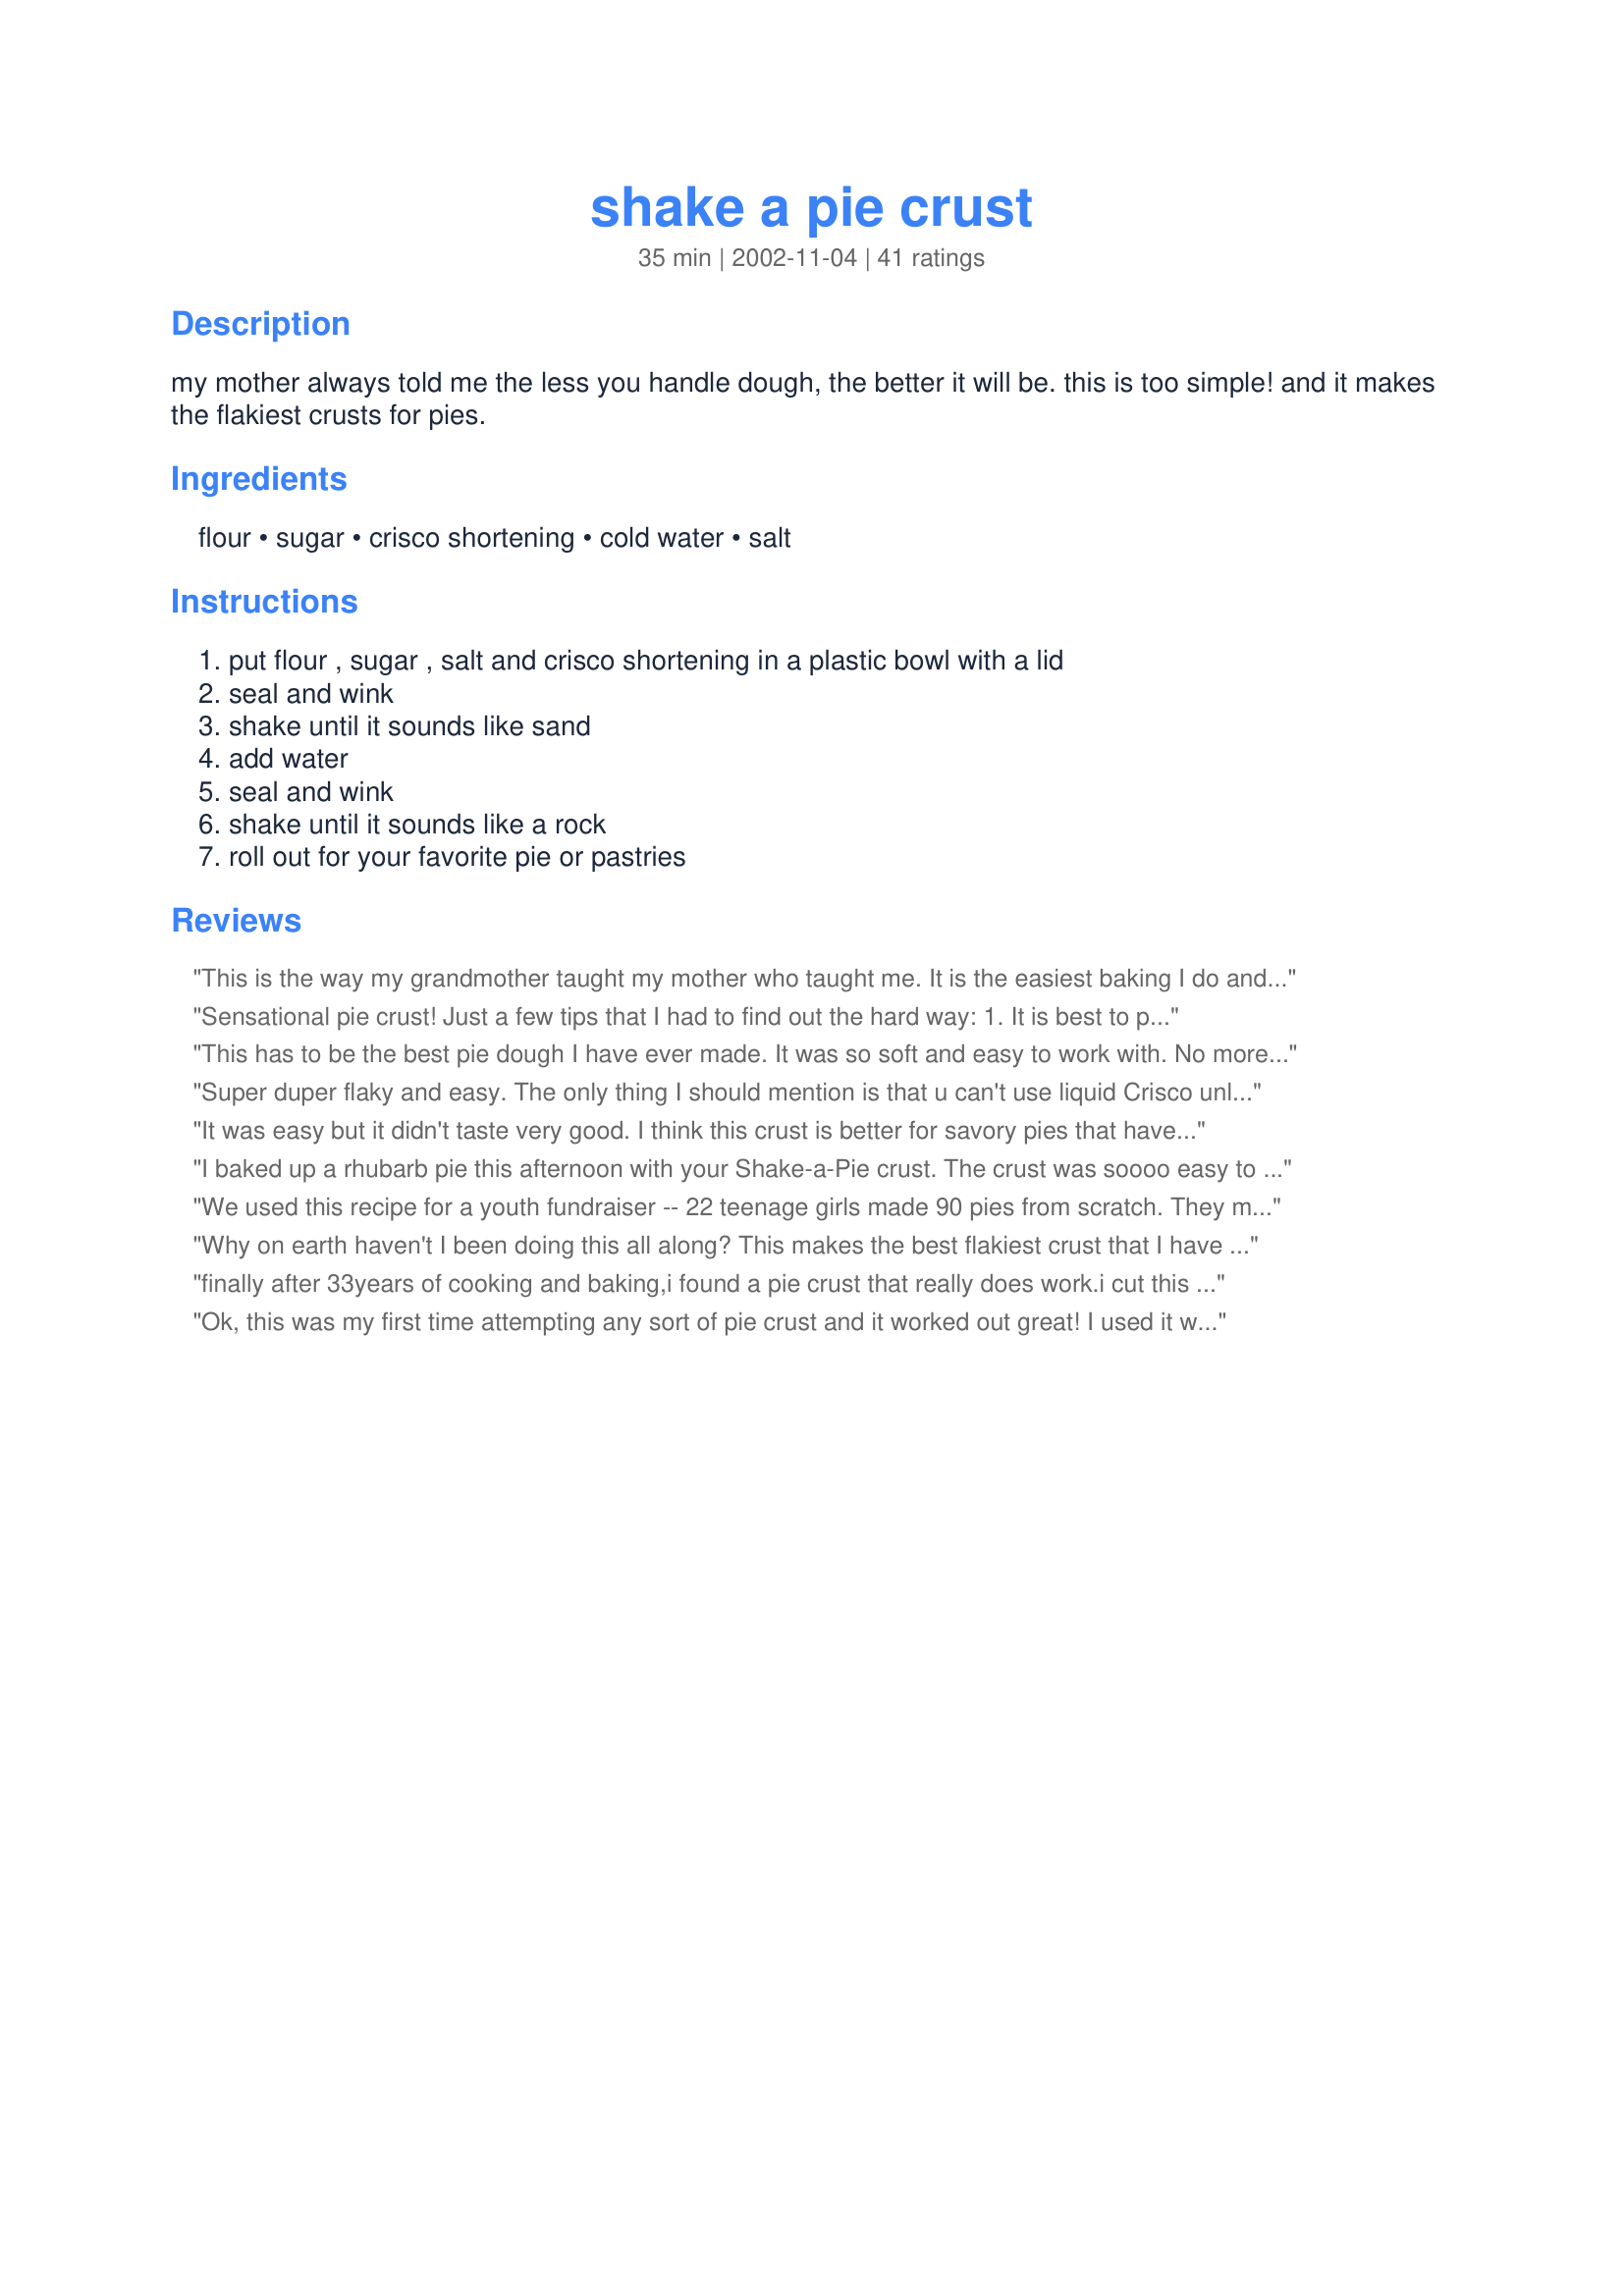
shake a pie crust
Preparation time: 35 minutes

my mother always told me the less you handle dough, the better it will be. this is too simple! and it makes the flakiest crusts for pies.

Ingredients:
flour, sugar, crisco shortening, cold water, salt

Steps:
put flour , sugar , salt and crisco shortening in a plastic bowl with a lid, seal and wink, shake until it sounds like sand, add water, seal and wink, shake until it sounds like a rock, roll out for your favorite pie or pastries

Reviews:
This is the way my grandmother taught my mother who taught me. It is the easiest baking I do and turns out flaky every time. I add a tablespoon of sugar just for flavor.
Sensational pie crust! Just a few tips that I had to find out the hard way: 1. It is best to put the Crisco in by teaspoons or tablespoons (at one time) instead of just dumping in the cup in one blob so that it mixes easier. 2. When using the plastic bowl with lid, make sure it is a bowl - not a storage container with sides or the ingredients will get stuck in there. I guess I was not fully thinking when I did it the first time. Anyway this recipe is fun and a good way to get a little exercise before eating the pie! Kids love mixing it and it is truly flaky and delicious! I, too, was unsure but are convinced that this simple pie crust recipe is handled very little so it does yield a truly great crust. Thanks again.
This has to be the best pie dough I have ever made. It was so soft and easy to work with. No more patching pie crust for me. This is great thanks for sharing!
Super duper flaky and easy. The only thing I should mention is that u can't use liquid Crisco unless u add more flour. I only had 2/3 cup hard shortening and used liquid for the remainder amount (as other recipes I've tried call for liquid form) and it came out really wet, so, I had to add more flour and less water. But, it turned out wonderful. A suggestion for posting recipe's like this is to specify if hard is needed instead of liquid shortening. Thanks for posting though! I've passed it on to my family and will use this from now on.
It was easy but it didn't taste very good. I think this crust is better for savory pies that have a stronger flavor than dessert pies.
I baked up a rhubarb pie this afternoon with your Shake-a-Pie crust. The crust was soooo easy to make and really delicious. I certainly will be using your crust to make all my pies in the future. Thanks for sharing the recipe.
We used this recipe for a youth fundraiser -- 22 teenage girls made 90 pies from scratch. They made the crusts themselves, and several people came up to me afterward asking if the leaders made all the crusts because they were so good! I love this recipe and will never use another! When I make pot pie, I leave out the sugar and stir some finely grated cheddar cheese into the "sand" before adding the water. Even my grandmother's pie crust didn't come out this flakey -- it's that amazing!
Why on earth haven't I been doing this all along? This makes the best flakiest crust that I have EVER made, mine usually are sort of dense... not this time!! I was looking for a new crust recipe that was simpler than the one I'm currently using and this was it and man, oh man am I ever glad that I found it! I made half for a fruit pie with a crumble topping and this was great. It did take some tweaking though... on the second shaking, it wasn't bouncing around so I opened it up and it was sort of gooey... aha, needs more flour I thought so I added a couple of tablespoons and started skakin' again and pretty soon it sounded like a rock - whalla, perfect dough! It was 90 degree's outside today, so I wonder if the shortening was too soft because of the heat... in any event, it turned out great. Thanks for sharing this easy recipe for tasty pie crust!
finally after 33years of cooking and baking,i found a pie crust that really does work.i cut this recipe in half,then i divided the dough in 4 pieces. then i rolled out the dough,and placed part of the dough into 2 small round baking dishes.i added some peaches, mixed with sugar and cinnamon,cover with the remaing dough. i then brushed with a little water and sprinkled sugar over the top.baked for about 25 minutes.this was so good.thank you for posting.
Ok, this was my first time attempting any sort of pie crust and it worked out great! I used it with Chicken Empanadas #21623. I didn't put any sugar and added chili powder and cumin to the mix for a mexican style crust. Thanks for the easy recipe.
Thank you!!! I have been baking since I was 10 years old and could never master a pie crust but this recipe was so easy that I've already made four pies for christmas this year and still have two more to go. So easy and hardly takes any time at all.
I like this recipe a TON! Two reasons easy as well pie lol flaky crust and my kiddos can help with making desserts. lol okay that is three lol. Thanks Deb for a great idea that includes the entire family.
I made this crust on Christmas Eve for a pumpkin pie. This was the first time to try this recipe. I followed this recipe exactly except for an extra spoon of sugar. It worked great. Will definitely use this recipe again.
 I could never make good pie crust and hated trying to make one. I will be using this all the time.
 I have a question could you use the 7-up instead of cold water and what difference would it be?
 What a great flaky crust.
I DREADed making a pie crust and when I tried this I thought WOW here is something I can do easily. It was great and took no time. Made a half recipe and baked it with Sweet Potato Pie recipe 30766. Wonderful! Thank you.
I am so glad I stumbled upon this recipe! The process was easy and the end product was simply fantastic!!!
Easiest pie dough ever and most fun too! I clicked on the stars several times but alas could only get 5. This deserves many more. I have been making pie dough (quite successfully for years I might add) My trusty pastry cutter broke:) Why a new pie crust recipe would help I didn't know, but I went searching. I found this recipe (A God thing I think, because I found this.) and will from now on use it. <br/>I followed Bev ery's suggestion and dropped shortening in by the teaspoonful and tossing flour around lightly to coat. Thank You for sharing. 2012 grandchildren (now 4count./ 8 little hands) still love this recipe.
Finally, a crust that doesn't soak up all the pie juices and get soggy. In step #3 the dough started making a hard ball - guess DH shook too hard? Added the water, shook again and all came out well. I was short on time and just patted this into the pie plate. Thanks!
This was really easy and fun to do - a great quick way to make a pie crust. I felt there was something missing though, but can't quite put my finger on it. I didn't let that affect my rating though, because i loved it nonethless! When i need a quick easy pie crust - this is where I'm going! Thanks for a great recipe!
I loved the fun ( quite a workout!) technique of this recipe! I also loved that it rolled out easily on parchment paper. Unfortunately That's where my love for this recipe ended. I think the flavor is just not there for me, it was very very bland, almost like it was missing something. I think if I ever made this again I would add a little more sugar and some salt. Thanks for the unique recipe!
Oh my! Ha Ha ha! I decided to try this out. After making a triple batch of Apple Filling For Pies, #75695, the power went out! So, I went ahead and decided to make this pie crust...I involved my DH and Wee one. It was almost like a game! Lots of fun and my son thought is was so funny us shaking this container! The end result was awesome! I can't believe this turned out...this recipe is a keeper! Plus its entertaining! Thanks for posting this. :-)
I always use this recipe from debk. I just remembered now to review it. I always cut the shortening into small pieces with a knife before shaking as it tends to stay in a lump otherwise. I usually shake this up in a Gladware container or something similar. This recipe works every time for me. I've used it for meat pies, quiche, pumpkin pie, apple pie, and empanadas, just to name a few.
This...was awesome. The very first time I have ever turned out a pie crust that was flaky and golden. I left out the sugar and put in some salt because the crust was for a chicken pot pie. I am no longer intimidated by pie crust!! Thanks!
This has got to be the easiest pie crust I've ever handled. It didn't stick to anything and rolled out very nicely. I foresee a lot of pies in our future:)
Oh dear! I used this last Thanksgiving and I forgot to review it. This was my first pie crust ever and it came out perfect. The only problem I had was I didn't flour the board enough and I ended up with a hole in the crust and had to re-roll it :-( but that's not the recipe's fault. This tasted GREAT, flakey, light, and tasty.
Really great pie crust! I have used this several time since I found it here. Sometimes I use 1/2cup butter 1/2 cup shortening, either way is great and really good for a pot pie! Thanks for sharing, so much better than a premade store bought one!
I will have to say 4 1/2 stars only because the shaking method did not work for me. I cut up the shortening as others suggested but it never mixed in right. So I used the pastry blender just briefly then continued with the recipe. This is the easiest dough I have ever worked with. Rolled out like a dream! Nice taste and texture too. Thx very much.
Ok, Deb K, THANK YOU! I tried 3 different pie recipes from 'zaar and screwed up all of them and I got so frustrated I was flinging the messed up dough in the sink and I was covered in flour. For your recipe, I was still pretty irritated so I put the ingredients in the container, handed it to my husband, said, "here, shake this til it sounds like sand" then, "Shake this til it sounds like a rock. Put the dough on the floured counter and it rolled out perfectly, didn't stick, break and the pie I made was fabulous. I wish I could give you more than 5 stars. Always using THIS recipe in the future!!!!! :)
I have never been very good at pie crusts. This came out perfectly. I used it for Granny's Banana Cream Pie Recipe #30946 and it was just fantastic. I froze the other half of the dough and worked in some garlic powder before rolling it out for some thrown together meat pies. Perfect recipe. I'm so happy I can make a nice pie crust now!! Thank you!
The crust was flaky and on the sweet side. However, the shake method did not work for me. I had to use a pastry fork and blended it by hand. I shook and shook but the crisco would not break up into sand particles. Also, after I added the water it did not blend well by shaking. I again had to use the pastry fork. The pie crust was delicious but your method did not work for me. Thanks!
My friend (ex tupperware hostess) gave me this exact recipe. My mom makes the best pie crust and using her recipe mine never turned out. Now with this one, my is as good as hers (if not better but don't tell her that). Thanks for posting it, now I won't lose it
I loved not having to blend the shortening into the flour with a pastry cutter. I did break up big hunks of Crisco before I started, and then did "Shake, Rattle and Roll" until pieces were the size of cornmeal. Only one dirty dish from making pie crust was great! Crust was flaky and made enough for a 16" pizza pan Easy Peach Pie, Recipe #63717. I have added this to my cookbook. Thanks Deb.
This worked pretty well. I loved that it made enough for a top and bottom crust, with enough left over for my daughter to make a small pie. Tasted great and very easy to work with. Only thing I had a little trouble with was steop 5 -- mine never turned into a 'rock' so I had to use my hands to finish mixing. But I loved that you don't have to cut in the Crisco. I will definitely use this again!
The curse continues! I am virtually incapable of making a normal pie crust. I chose this recipe for its simplicity...chilled all my ingredients and the bowl, cubed crisco but in the end this dough just wouldn't come together. I added a touch more cold water, still no good. So I formed it into a disk as best a I could, covered it and stuck it in the fridge for about an hour. This didn't make it any easier to work with...it wouldn't stop sticking to my floured countertop! In the end I used a thick rolled out portion to make a rustic tart with some baked apples inside. Dough was indeed flaky, but very bland, so I'd suggest adding 1-2 more tbs of sugar for desserts. Thanks anyways, the quest continues.
Pie crust has always been a mystery to me. I assumed it was difficult and a lot of work. This unique method worked well for me! The crust was flaky and tender. I used it for a chicken pot pie. It was a little sweet but actually worked well for the savory dish.
My 14 year old daughter made this crust for me last night for some mini apple pies. It was SO easy! She had a blast and it came out perfect! Tonight we will make it again for some chicken pot pies :) Thank you so much Deb K for posting it!
This recipe was amazing! I am not a great pie crust maker so I am always searching for that perfect recipe. I had some doubts as it sounded bizarre, but it worked just as Deb said and it was great. rolled out perfectly and was the flakiest crust ever
This is so easy and it tastes great. I will use often.
This works great. Also has a much better flavor than store bought and much cheaper too.
I was really suprised at how well this did. It has to be the easiest pie crust to make. Arms get a little tired from shaking but it's worth it in the end. Thanks
Making pie crust is not one of my strong points and this method seemed romantic...as in something novel and too good to be true. I did take the advice of one and cut the shortening into the flour in rather large chunks with a knife before proceeding. I need to backup a second. Kid #3, who rarely likes doing anything involving work, was as intrigued as I and insisted on doing the shaking...that's a good thing. All on it's own, the dough adheres together and forms a ball. I kept the dough chilled until ready to use then rolled it between two pieces of plastic wrap and placed it in my most impressive fluted deep dish pie pan. After preparing thefensk's Recipe #56, the moment arrived. The results were a tender, flaky and most delicious crust. I'm swooning!
